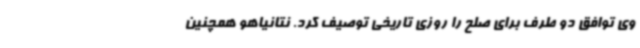
وی توافق دو طرف برای صلح را روزی تاریخی توصیف کرد. نتانیاهو همچنین